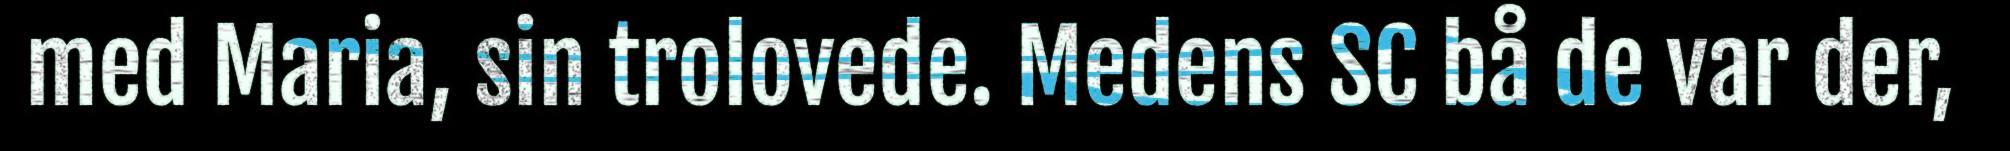
med Maria, sin trolovede. Medens SC bå de var der,